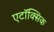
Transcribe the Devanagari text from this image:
एटॉक्सिक